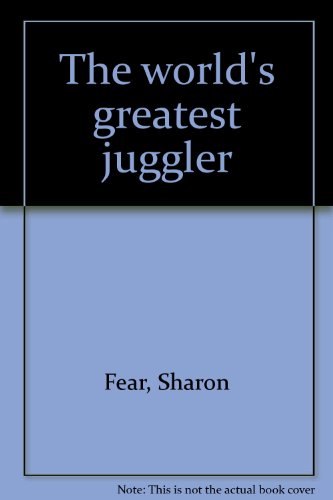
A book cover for The world's greatest juggler; Sharon Fear; Sports & Outdoors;